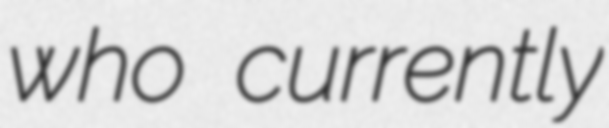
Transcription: who currently